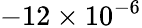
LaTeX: -12\times 10^{-6}